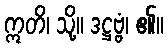
ဣတိ၊ သို့။ ဒဋ္ဌဗ္ဗံ၊ ၏။